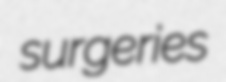
surgeries